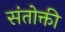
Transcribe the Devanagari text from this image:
संतोक्ती